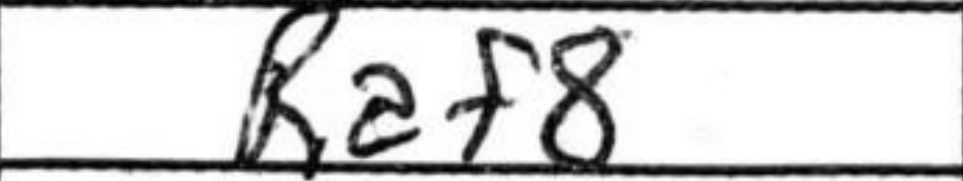
Transcription: Raf8